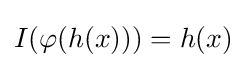
I(\varphi (h(x)))=h(x)